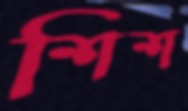
শিশ